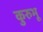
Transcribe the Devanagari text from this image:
कुरुभू